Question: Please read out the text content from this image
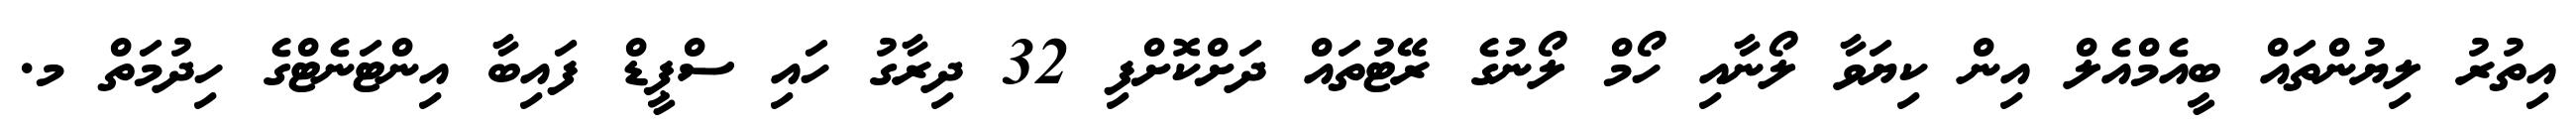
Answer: އިތުރު ލިޔުންތައް ބީއެމްއެލް އިން ކިޔަވާ ލޯނާއި ހޯމް ލޯނުގެ ރޭޓުތައް ދަށްކޮށްފި 32 ދިރާގު ހައި ސްޕީޑް ފައިބާ އިންޓަނެޓްގެ ހިދުމަތް މ.